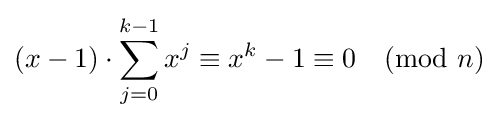
(x-1)\cdot \sum _{j=0}^{k-1}x^{j}\equiv x^{k}-1\equiv 0{\pmod {n}}